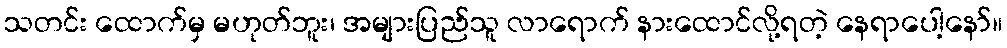
သတင်း ထောက်မှ မဟုတ်ဘူး၊ အများပြည်သူ လာရောက် နားထောင်လို့ရတဲ့ နေရာပေါ့နော်။